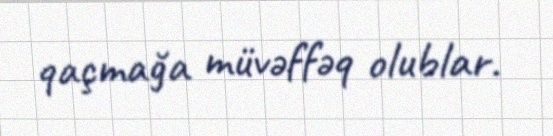
qaçmağa müvəffəq olublar.